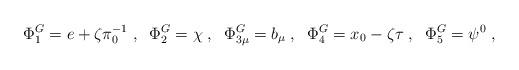
LaTeX: \begin{align*}\Phi^G_{1} = e+\zeta \pi_{0}^{-1}\;,\;\;\Phi^G_2 = \chi\;,\;\;\Phi^G_{3\mu} = b_\mu\;,\;\;\Phi^G_4 = x_{0}-\zeta \tau\;,\;\;\Phi^G_5 = \psi^0\;,\;\;\end{align*}